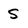
Character: S